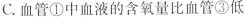
C.血管①中血液的含氧量比血管③低